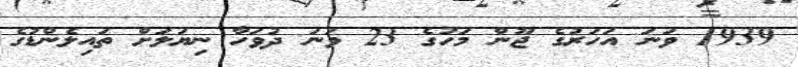
1939 ވަނަ އަހަރުގެ ޖޫން މަހުގެ 23 ވަނަ ދުވަހާ ނިޔަލަށް ތައިލެންޑުގެ